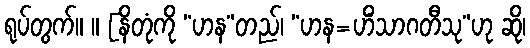
ရုပ်တွက်။ ။ [နိတုံကို “ဟန”တည်၊ “ဟန=ဟိံသာဂတီသု”ဟု ဆို၊